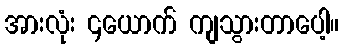
အားလုံး ၄ယောက် ကျသွားတာပေါ့။